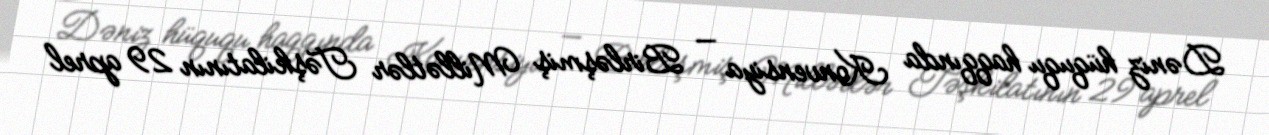
Dəniz hüququ haqqında Konvensiya — Birləşmiş Millətlər Təşkilatının 29 aprel